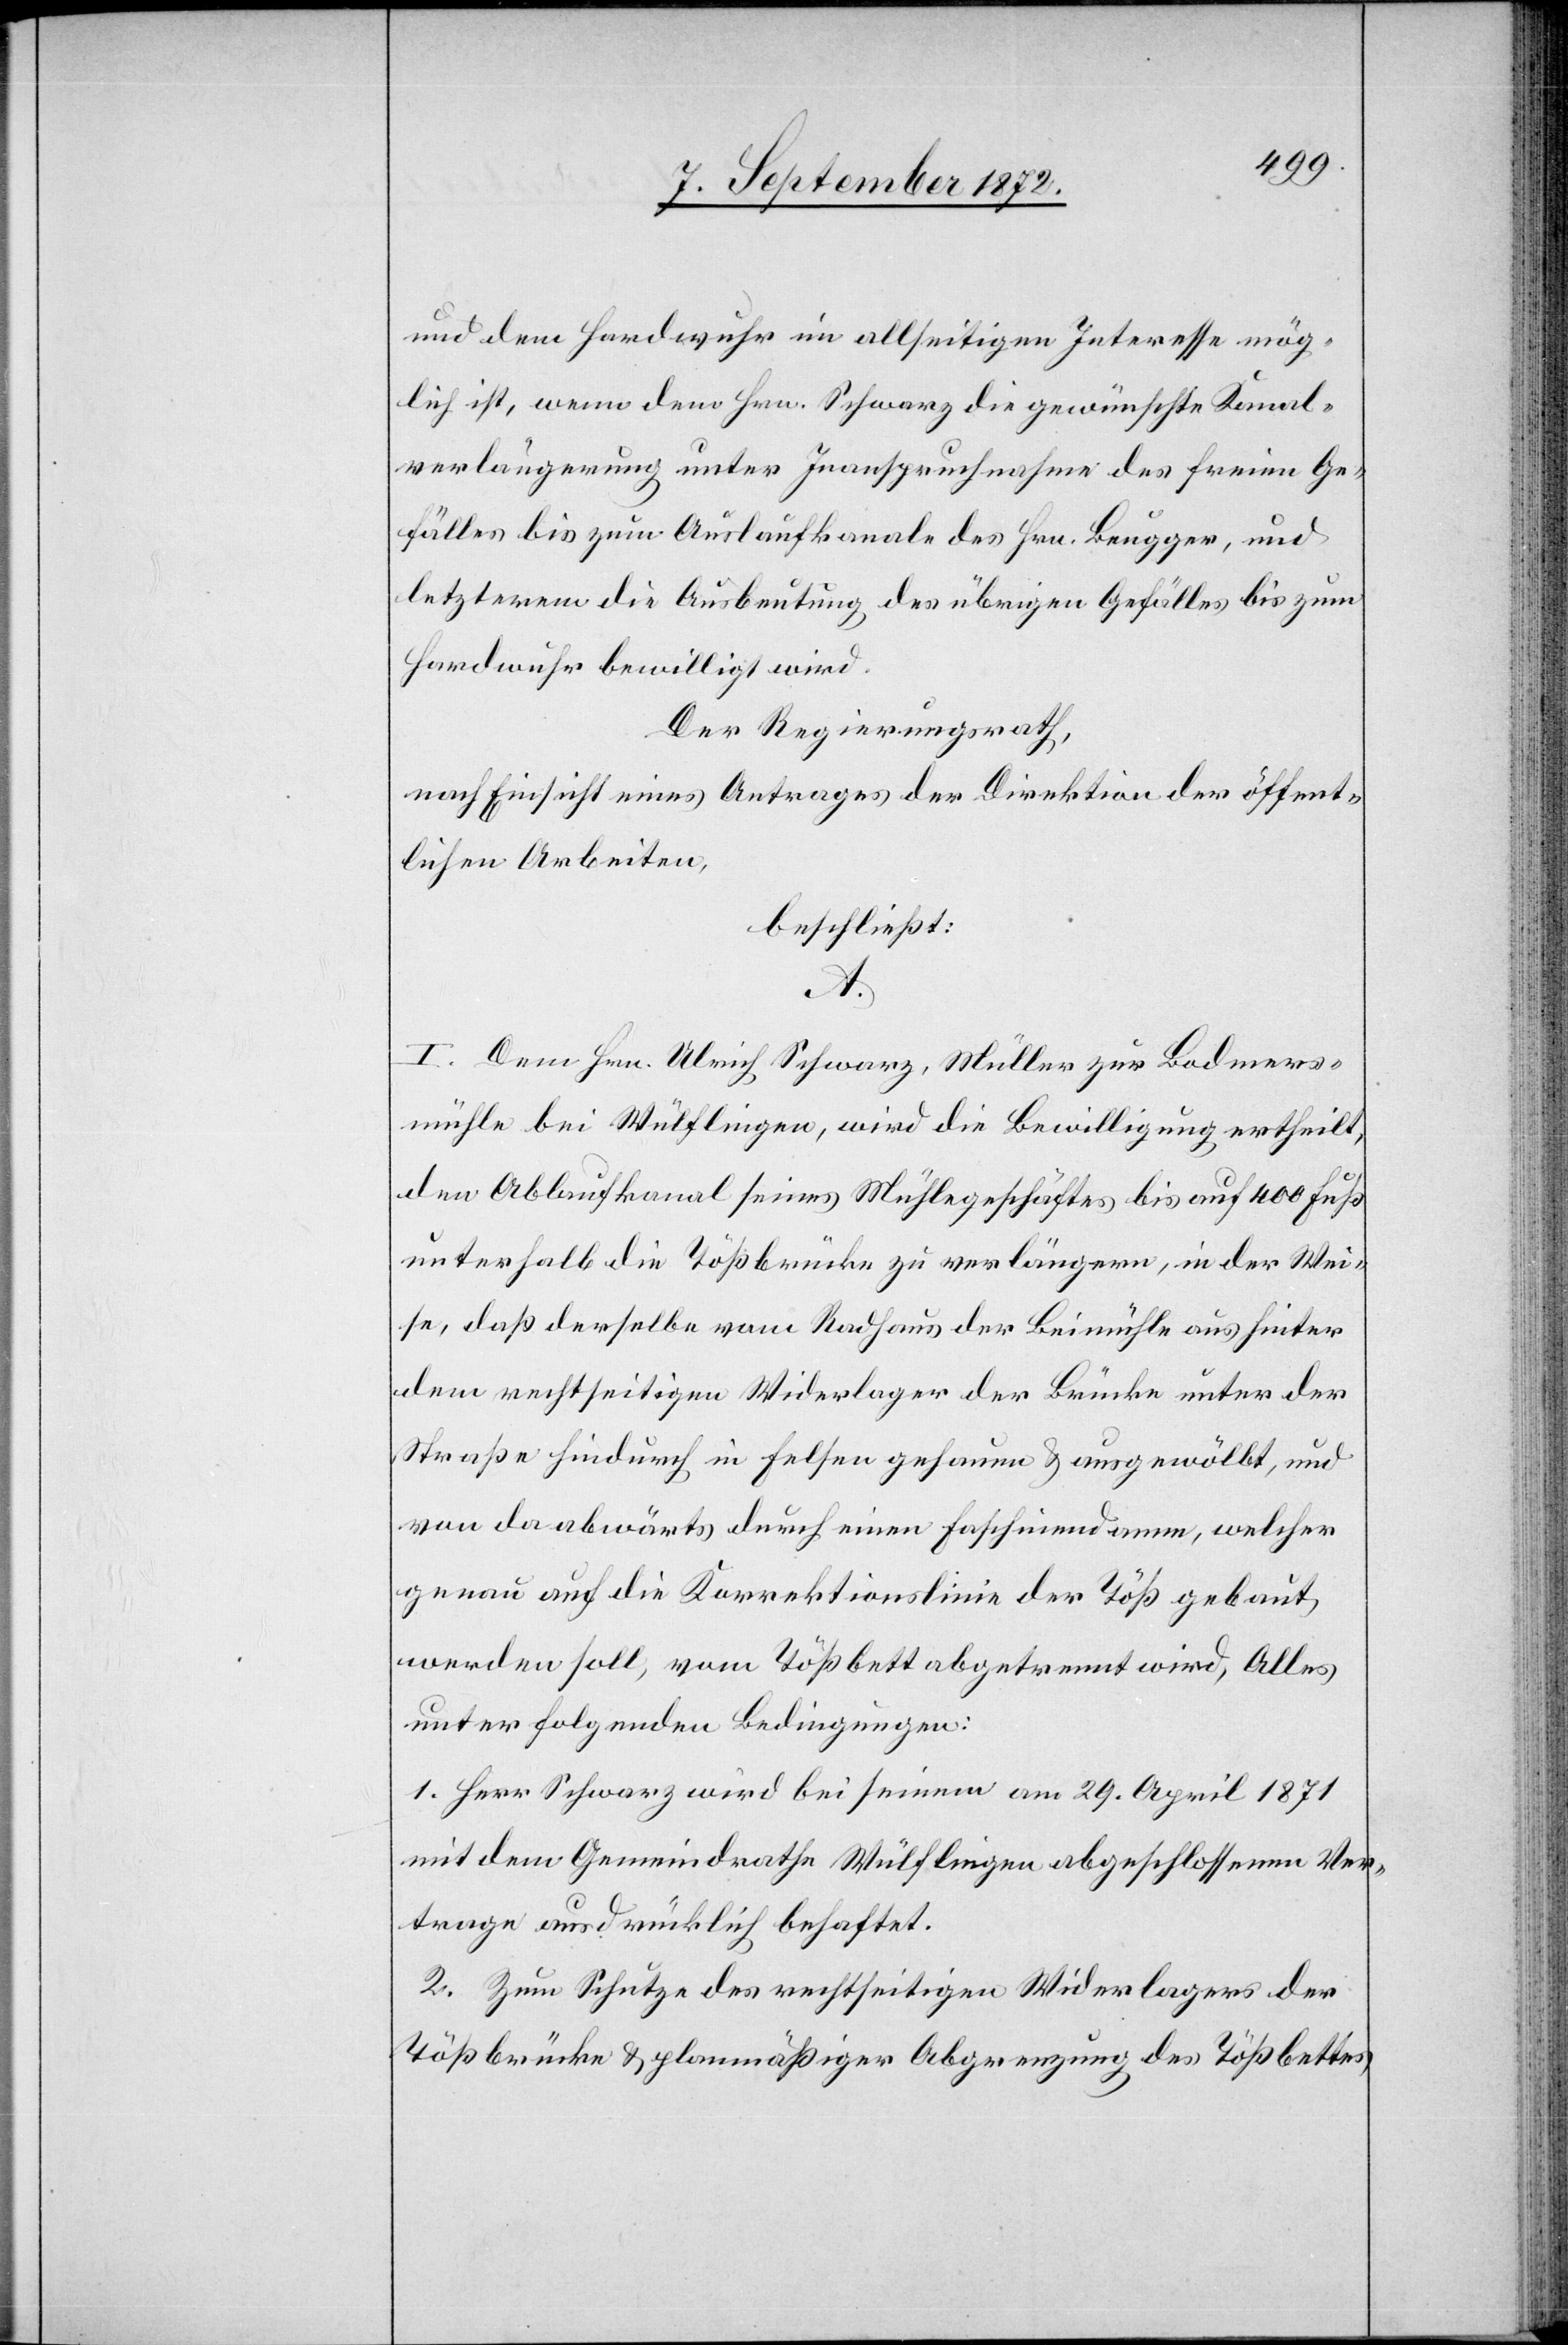
und dem Hardwuhr im allseitigen Interesse mög¬
lich ist, wenn denn Hrn. Schwarz die gewünschte Kanal¬
verlängerung unter Inanspruchnahme des freien Ge¬
fälles bis zum Auslaufkanale des Hrn. Beugger, und
letzterem die Ausbeutung des übrigen Gefälles bis zum
Hardwuhr bewilligt wird.
Der Regierungsrath,
nach Einsicht eines Antrages der Direktion der öffent¬
lichen Arbeiten,
beschließt:
A.
I. Dem Hrn. Ulrich Schwarz, Müller zur Bodmers¬
mühle bei Wülflingen, wird die Bewilligung ertheilt,
den Ablaufkanal seines Mühlegeschäftes bis auf 400 Fuß
unterhalb die Tößbrücke zu verlängern, in der Wei¬
se, daß derselbe vom Radhaus der Beimühle unter
Straße hindurch in Felsen gehauen u. ausgewölbt, und
von da abwärts durch einen Faschinendamm, welcher
genau auf die Korrektionslinie der Töß gebaut
werden soll, vom Tößbett abgetrennt wird, Alles
unter folgenden Bedingungen:
1. Herr Schwarz wird bei seinem am 29. April 1871
mit dem Gemeindrathe Wülflingen abgeschlossenen Ver¬
trage ausdrücklich behaftet.
2. Zum Schutze des rechtseitigen Widerlagers der
Tößbrücke u. planmäßiger Abgrenzung des Tößbettes